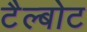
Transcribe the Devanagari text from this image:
टैल्बोट